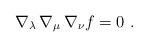
LaTeX: \begin{align*}\nabla_\lambda\,\nabla_\mu\,\nabla_\nu f = 0\ .\end{align*}